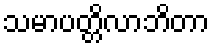
သမာပတ္တိလာဘိတာ